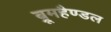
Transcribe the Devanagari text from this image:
ब्रूमहैण्डल